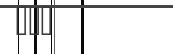
١٠٨